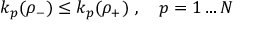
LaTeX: k _ { p } ( \rho _ { - } ) \leq k _ { p } ( \rho _ { + } ) \ , \quad p = 1 \dots N